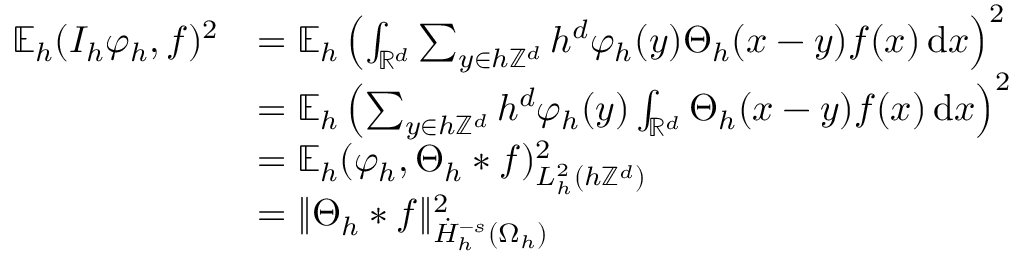
\begin{array} { r l } { \mathbb { E } _ { h } ( I _ { h } \varphi _ { h } , f ) ^ { 2 } } & { = \mathbb { E } _ { h } \left( \int _ { \mathbb { R } ^ { d } } \sum _ { y \in h \mathbb { Z } ^ { d } } h ^ { d } \varphi _ { h } ( y ) \Theta _ { h } ( x - y ) f ( x ) \, \mathrm { d } x \right) ^ { 2 } } \\ & { = \mathbb { E } _ { h } \left( \sum _ { y \in h \mathbb { Z } ^ { d } } h ^ { d } \varphi _ { h } ( y ) \int _ { \mathbb { R } ^ { d } } \Theta _ { h } ( x - y ) f ( x ) \, \mathrm { d } x \right) ^ { 2 } } \\ & { = \mathbb { E } _ { h } ( \varphi _ { h } , \Theta _ { h } * f ) _ { L _ { h } ^ { 2 } ( h \mathbb { Z } ^ { d } ) } ^ { 2 } } \\ & { = \| \Theta _ { h } * f \| _ { \dot { H } _ { h } ^ { - s } ( \Omega _ { h } ) } ^ { 2 } } \end{array}